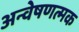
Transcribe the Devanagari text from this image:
अन्वेषणत्मक